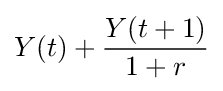
Y(t)+{\frac {Y(t+1)}{1+r}}